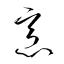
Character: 烹